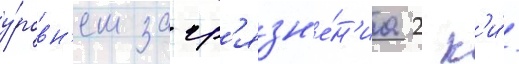
у́ровн'ем загр'язн'е́н'иа 2 к'и́/